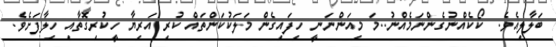
ބަލާލިއެވެ.  ކޯކެއްނުގެންނަމެއްނު..މަ މިއަންނަނީ ހިފައިގެން މަލަކުކަންތައް ކުރި އަރިޔާ ހީކުރިގޮތާއި ހިލާފަށެވެ.